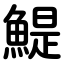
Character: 鯷